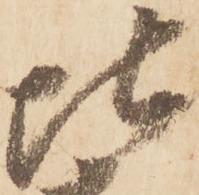
比